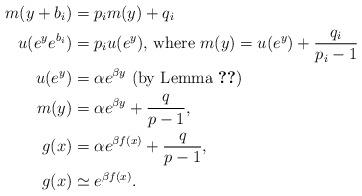
LaTeX: \begin{align*} m(y+b_i)&=p_im(y)+q_i \\u(e^ye^{b_i})&=p_iu(e^y) \textrm{, where } m(y)=u(e^y)+\frac{q_i}{p_i-1} \\u(e^y)&=\alpha e^{\beta y}\textrm{ (by Lemma~\ref{lem:srnie})} \\m(y)&=\alpha e^{\beta y}+\frac{q}{p-1}, \\g(x)&=\alpha e^{\beta f(x)} +\frac{q}{p-1}, \\g(x)&\simeq e^{\beta f(x)}. \end{align*}